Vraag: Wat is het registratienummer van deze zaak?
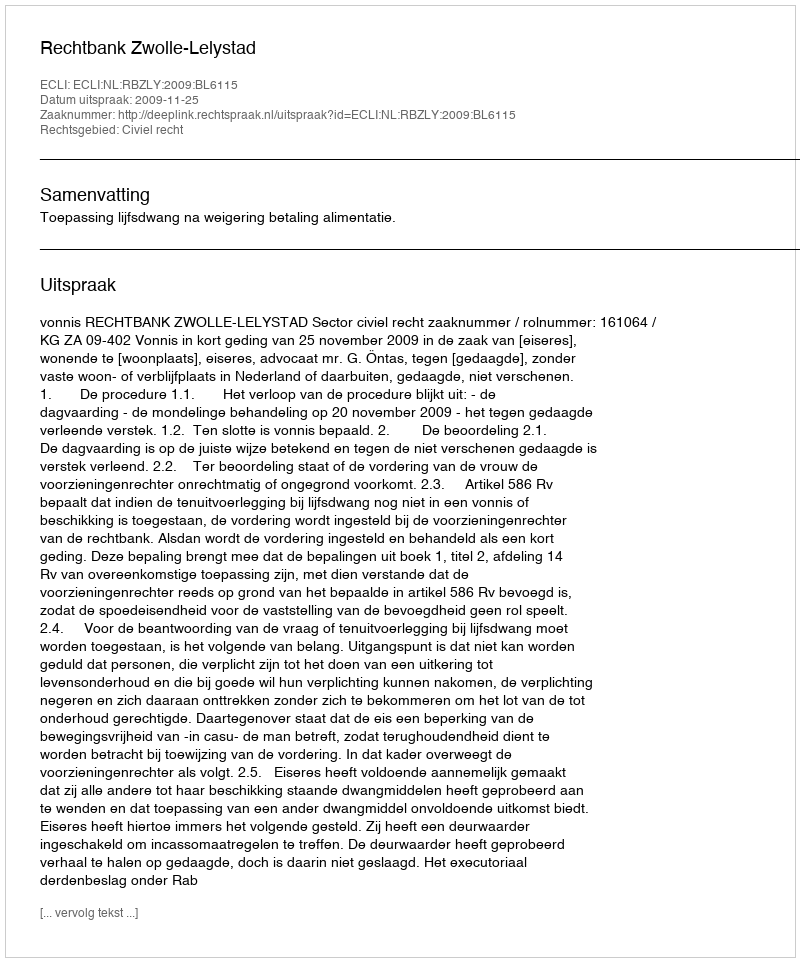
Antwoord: http://deeplink.rechtspraak.nl/uitspraak?id=ECLI:NL:RBZLY:2009:BL6115